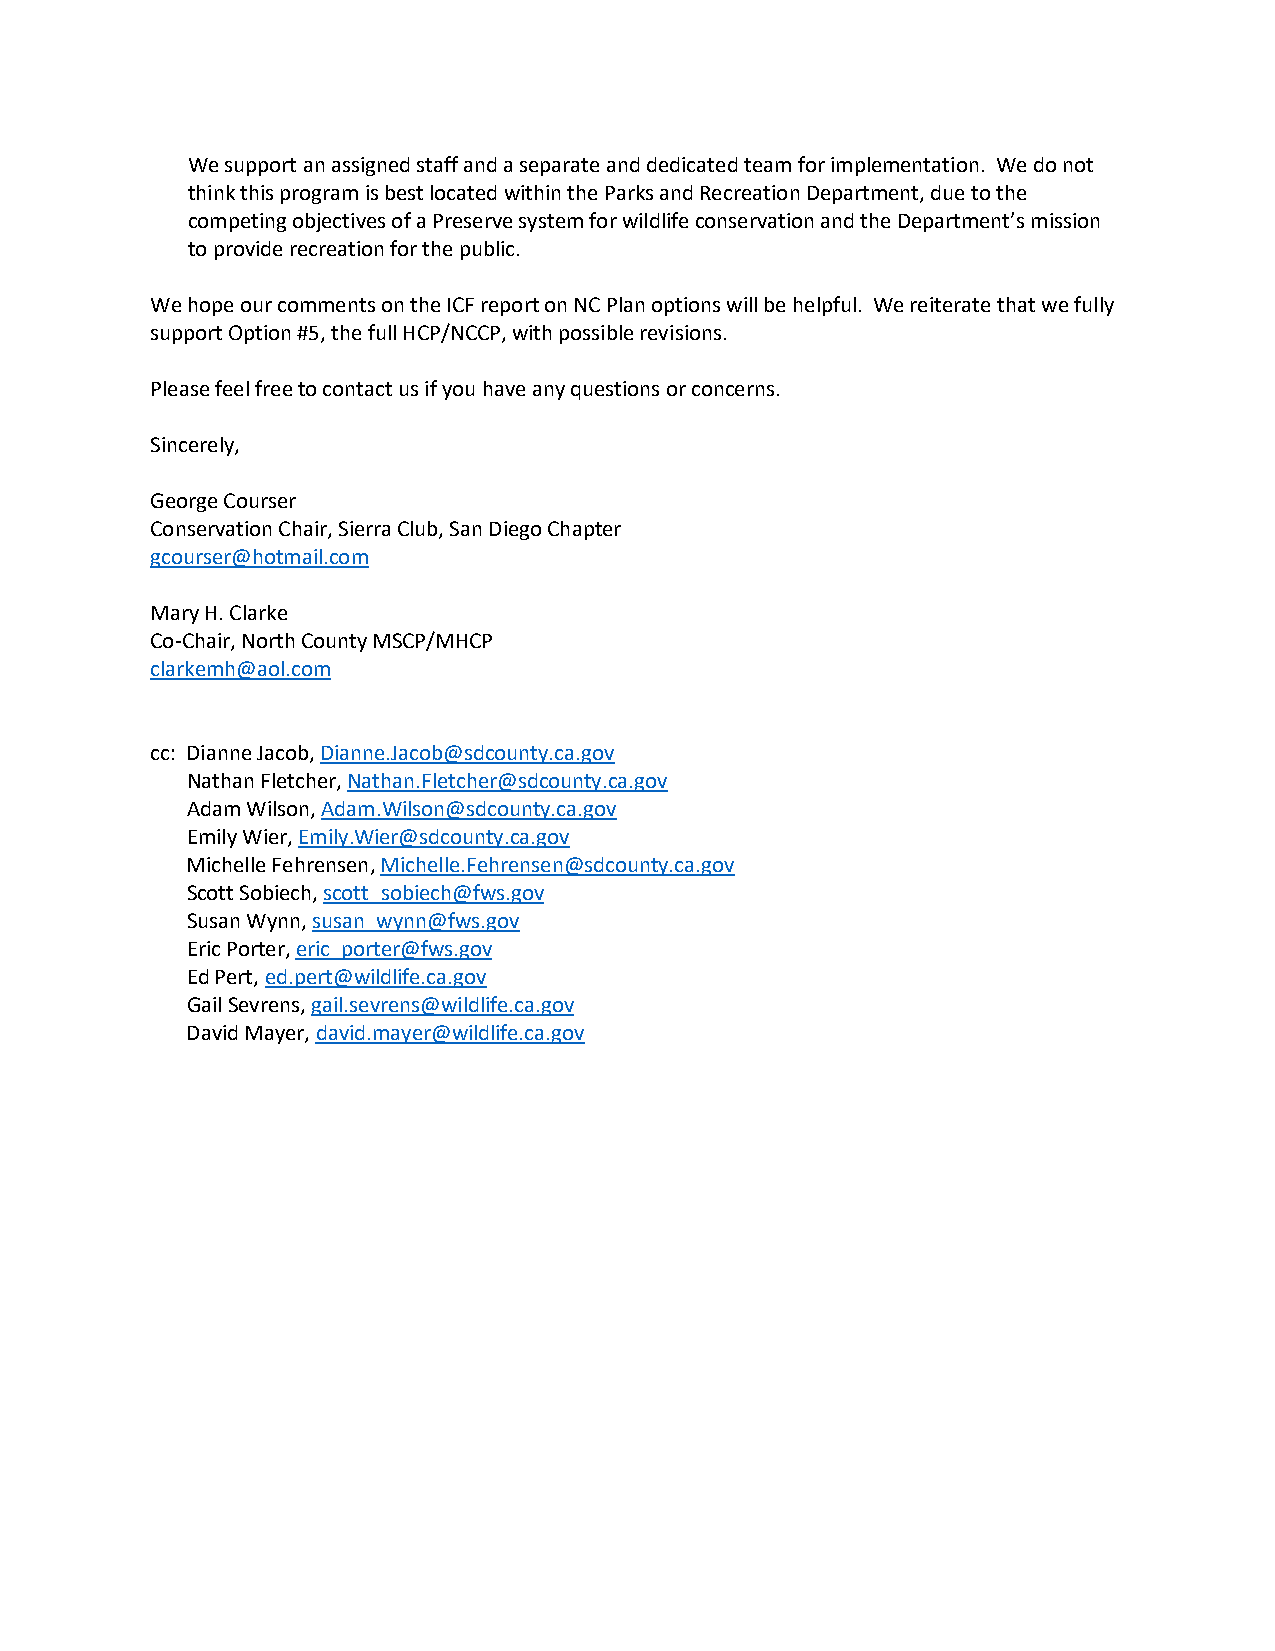
We support an assigned staff and a separate and dedicated team for implementation. We do not
 think this program is best located within the Parks and Recreation Department, due to the
 competing objectives of a Preserve system for wildlife conservation and the Department’s mission
 to provide recreation for the public.
 We hope our comments on the ICF report on NC Plan options will be helpful. We reiterate that we fully
 support Option #5, the full HCP/NCCP, with possible revisions.
 Please feel free to contact us if you have any questions or concerns.
 Sincerely,
 George Courser
 Conservation Chair, Sierra Club, San Diego Chapter
 gcourser@hotmail.com
 Mary H. Clarke
 Co-Chair, North County MSCP/MHCP
 clarkemh@aol.com
 cc: Dianne Jacob, Dianne.Jacob@sdcounty.ca.gov
 Nathan Fletcher, Nathan.Fletcher@sdcounty.ca.gov
 Adam Wilson, Adam.Wilson@sdcounty.ca.gov
 Emily Wier, Emily.Wier@sdcounty.ca.gov
 Michelle Fehrensen, Michelle.Fehrensen@sdcounty.ca.gov
 Scott Sobiech, scott_sobiech@fws.gov
 Susan Wynn, susan_wynn@fws.gov
 Eric Porter, eric_porter@fws.gov
 Ed Pert, ed.pert@wildlife.ca.gov
 Gail Sevrens, gail.sevrens@wildlife.ca.gov
 David Mayer, david.mayer@wildlife.ca.gov